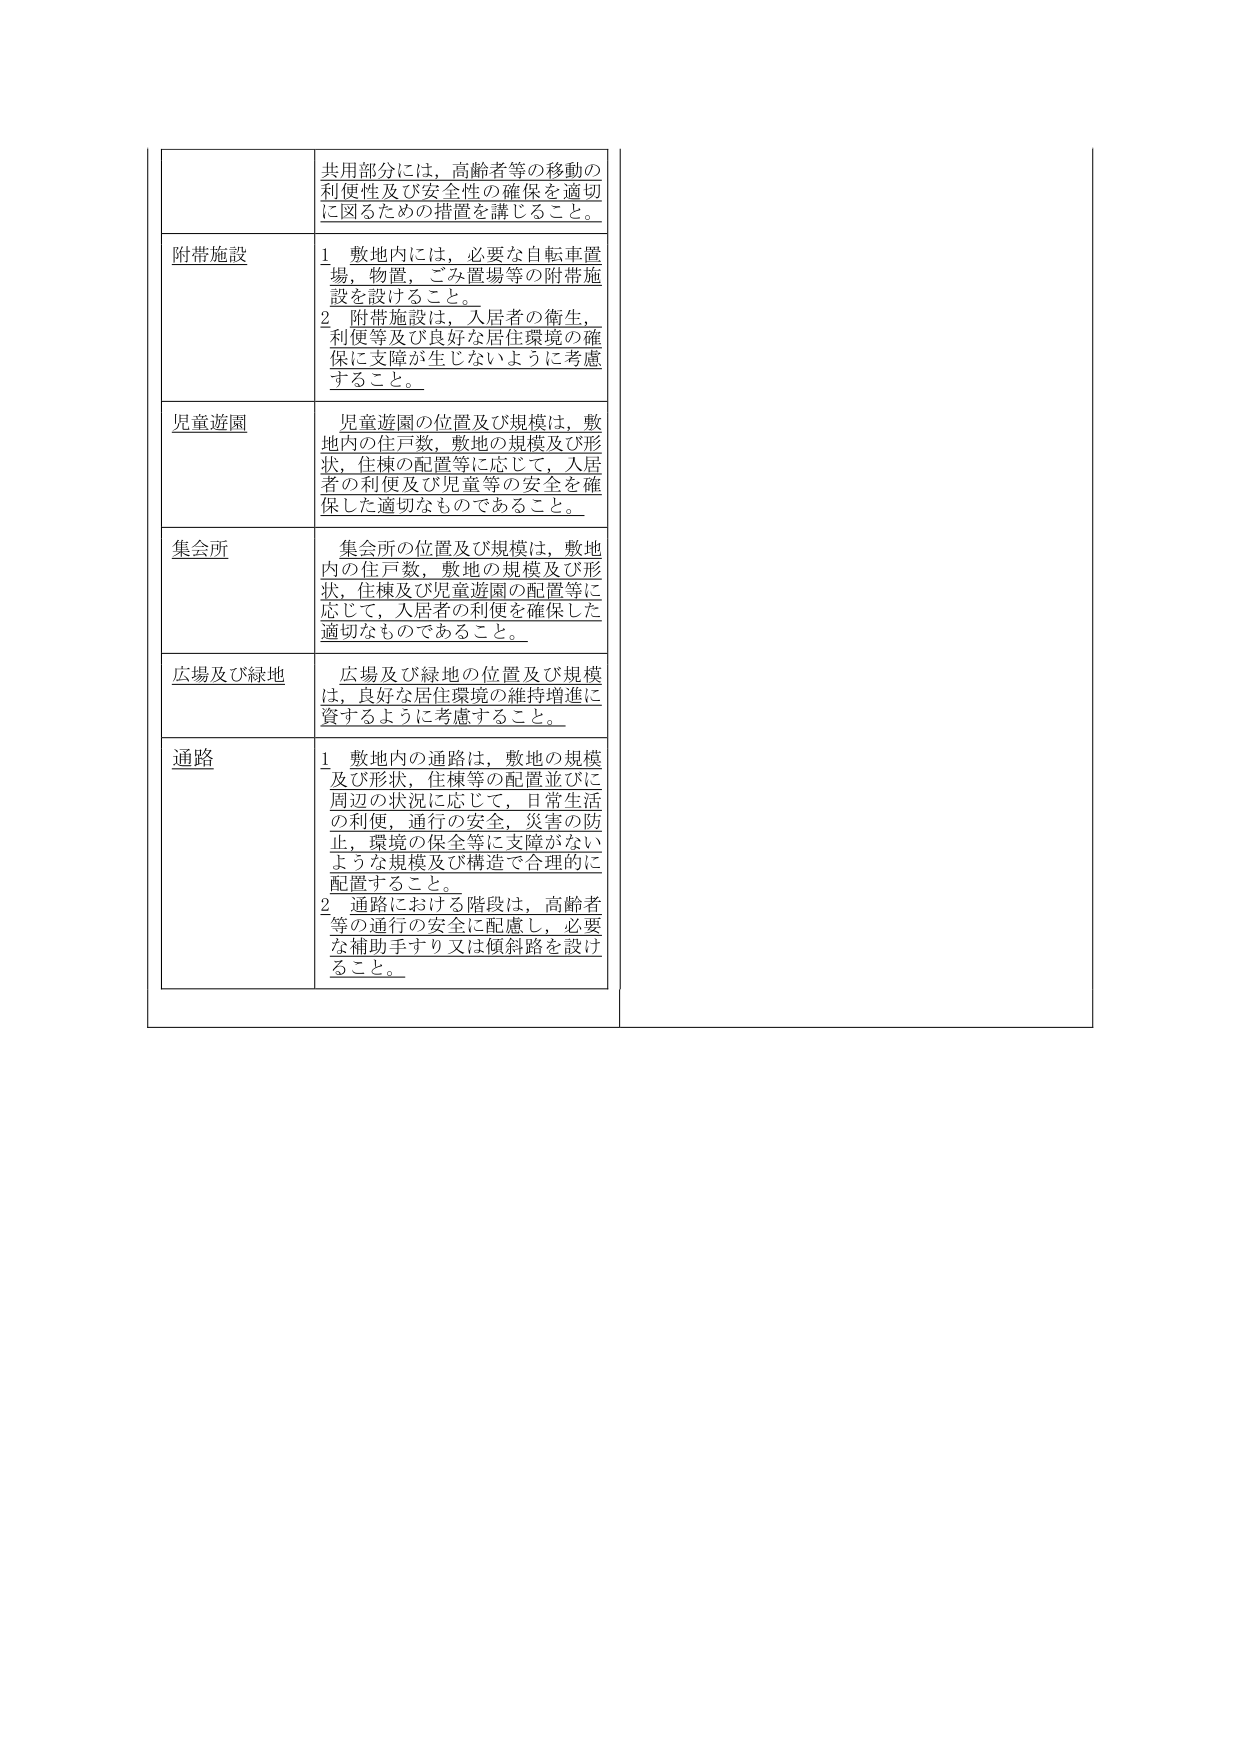
共用部分には、高齢者等の移動の
利便性及び安全性の確保を適切
に図るための措置を講じること。

附帯施設
1 敷地内には、必要な自転車置
場、物置、ごみ置場等の附帯施
設を設けること。
2 附帯施設は、入居者の衛生、
利便等及び良好な居住環境の確
保に支障が生じないように考慮
すること。

児童遊園
児童遊園の位置及び規模は、敷
地内の住戸数、敷地の規模及び形
状、住棟の配置等に応じて、入居
者の利便及び児童等の安全を確
保した適切なものであること。

集会所
集会所の位置及び規模は、敷地
内の住戸数、敷地の規模及び形
状、住棟及び児童遊園の配置等に
応じて、入居者の利便を確保した
適切なものであること。

広場及び緑地
広場及び緑地の位置及び規模
は、良好な居住環境の維持増進に
資するように考慮すること。

通路
1 敷地内の通路は、敷地の規模
及び形状、住棟等の配置並びに
周辺の状況に応じて、日常生活
の利便、通行の安全、災害の防
止、環境の保全等に支障がない
ような規模及び構造で合理的に
配置すること。
2 通路における階段は、高齢者
等の通行の安全に配慮し、必要
な補助手すり又は傾斜路を設け
ること。